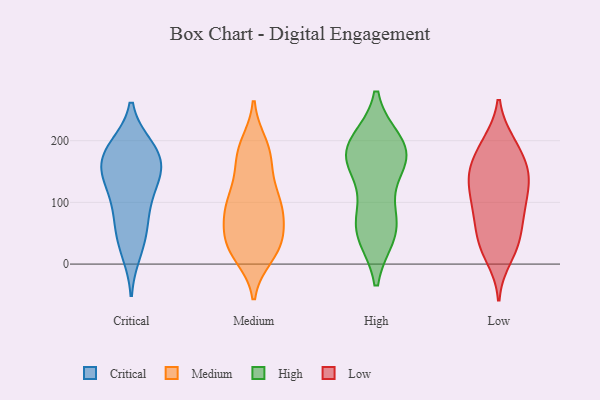
{"axis": {"x": "Backlog", "y": "Value"}, "legend": ["Critical", "High", "Low", "Medium"], "data": [{"x": "", "y": 155, "type": "Critical"}, {"x": "", "y": 187, "type": "Critical"}, {"x": "", "y": 166, "type": "Critical"}, {"x": "", "y": 66, "type": "Critical"}, {"x": "", "y": 139, "type": "Critical"}, {"x": "", "y": 20, "type": "Critical"}, {"x": "", "y": 36, "type": "Critical"}, {"x": "", "y": 100, "type": "Critical"}, {"x": "", "y": 125, "type": "Critical"}, {"x": "", "y": 188, "type": "Critical"}, {"x": "", "y": 140, "type": "Critical"}, {"x": "", "y": 72, "type": "Critical"}, {"x": "", "y": 190, "type": "Critical"}, {"x": "", "y": 168, "type": "Critical"}, {"x": "", "y": 92, "type": "Medium"}, {"x": "", "y": 40, "type": "Medium"}, {"x": "", "y": 17, "type": "Medium"}, {"x": "", "y": 67, "type": "Medium"}, {"x": "", "y": 98, "type": "Medium"}, {"x": "", "y": 75, "type": "Medium"}, {"x": "", "y": 92, "type": "Medium"}, {"x": "", "y": 28, "type": "Medium"}, {"x": "", "y": 166, "type": "Medium"}, {"x": "", "y": 194, "type": "Medium"}, {"x": "", "y": 118, "type": "Medium"}, {"x": "", "y": 13, "type": "Medium"}, {"x": "", "y": 94, "type": "Medium"}, {"x": "", "y": 23, "type": "Medium"}, {"x": "", "y": 178, "type": "Medium"}, {"x": "", "y": 161, "type": "Medium"}, {"x": "", "y": 45, "type": "Medium"}, {"x": "", "y": 191, "type": "Medium"}, {"x": "", "y": 37, "type": "Medium"}, {"x": "", "y": 116, "type": "Medium"}, {"x": "", "y": 194, "type": "High"}, {"x": "", "y": 49, "type": "High"}, {"x": "", "y": 61, "type": "High"}, {"x": "", "y": 172, "type": "High"}, {"x": "", "y": 83, "type": "High"}, {"x": "", "y": 50, "type": "High"}, {"x": "", "y": 180, "type": "High"}, {"x": "", "y": 196, "type": "High"}, {"x": "", "y": 166, "type": "High"}, {"x": "", "y": 166, "type": "High"}, {"x": "", "y": 147, "type": "Low"}, {"x": "", "y": 196, "type": "Low"}, {"x": "", "y": 46, "type": "Low"}, {"x": "", "y": 125, "type": "Low"}, {"x": "", "y": 95, "type": "Low"}, {"x": "", "y": 90, "type": "Low"}, {"x": "", "y": 36, "type": "Low"}, {"x": "", "y": 36, "type": "Low"}, {"x": "", "y": 139, "type": "Low"}, {"x": "", "y": 79, "type": "Low"}, {"x": "", "y": 153, "type": "Low"}, {"x": "", "y": 148, "type": "Low"}, {"x": "", "y": 80, "type": "Low"}, {"x": "", "y": 24, "type": "Low"}, {"x": "", "y": 164, "type": "Low"}, {"x": "", "y": 10, "type": "Low"}, {"x": "", "y": 197, "type": "Low"}, {"x": "", "y": 141, "type": "Low"}, {"x": "", "y": 194, "type": "Low"}, {"x": "", "y": 106, "type": "Low"}]}